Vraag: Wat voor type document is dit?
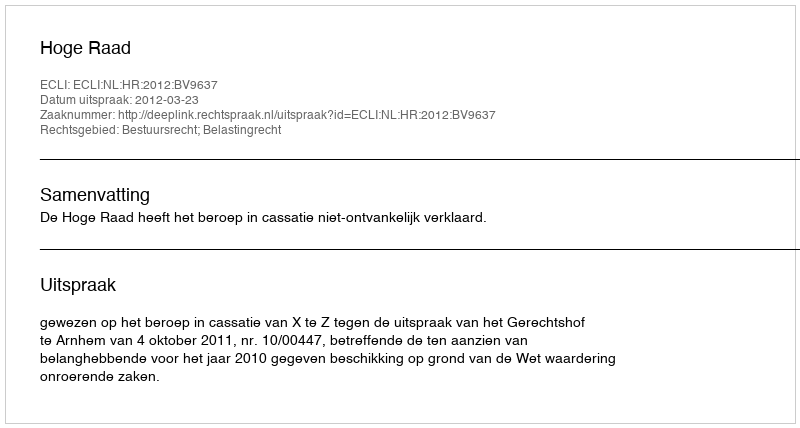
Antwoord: Uitspraak